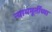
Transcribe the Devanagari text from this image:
न्यायमूर्तींच्या